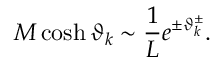
{ \cal M } \cosh \vartheta _ { k } \sim \displaystyle \frac { 1 } { L } e ^ { \pm \vartheta _ { k } ^ { \pm } } .